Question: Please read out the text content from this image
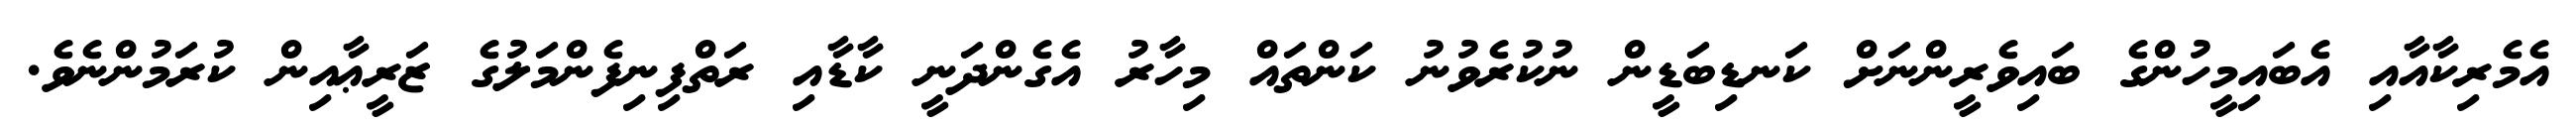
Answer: އެމެރިކާއާއި އެބައިމީހުންގެ ބައިވެރީންނަށް ކަނޑިބަޑީން ނުކުރެވުނު ކަންތައް މިހާރު އެގެންދަނީ ކާޑާއި ރަތްފިނިފެންމަލުގެ ޒަރީޢާއިން ކުރަމުންނެވެ.